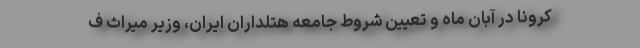
کرونا در آبان ماه و تعیین شروط جامعه هتلداران ایران، وزیر میراث ف